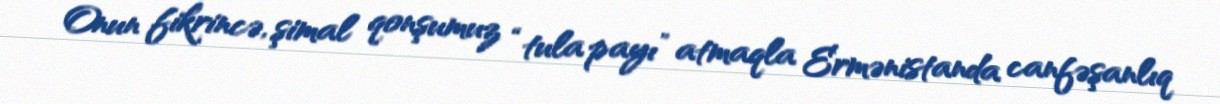
Onun fikrincə, şimal qonşumuz “tula payı” atmaqla Ermənistanda canfəşanlıq